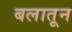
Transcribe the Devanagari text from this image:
बलातून